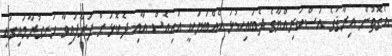
އެގޮތުން އިރާޤުގެ އަސްކަރިއްޔާގެ ދެބައިކުޅަ އެއްބަޔަކީ އައިއެސް އާއި ދެކޮޅަށް ފަށާފައިވާ ހަނގުރާމައިގައި